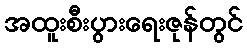
အထူးစီးပွားရေးဇုန်တွင်